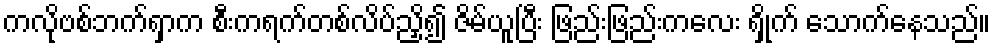
ကလိုဗစ်ဘက်ရှာက စီးကရက်တစ်လိပ်ညှိ၍ ဇိမ်ယူပြီး ဖြည်းဖြည်းကလေး ရှိုက် သောက်နေသည်။